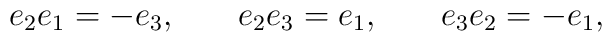
e_2e_1=-e_3,\hspace{0.3in}e_2e_3=e_1,\hspace{0.3in}e_3e_2=-e_1,